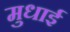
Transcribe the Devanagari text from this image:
मुधाई